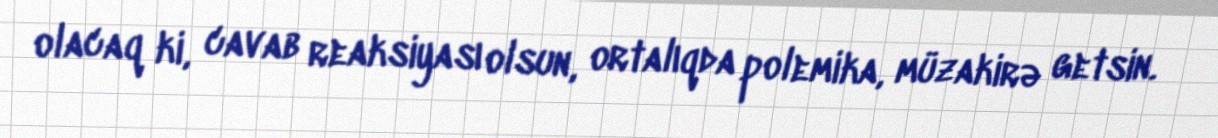
olacaq ki, cavab reaksiyası olsun, ortalıqda polemika, müzakirə getsin.